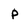
Character: p